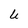
Character: U